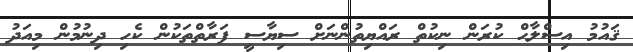
ޤައުމު އިސްލާޙް ކުރަން ނިކުތް ރައްޔިތުންނަށް ސިޔާސީ ފަރާތްތަކުން ކެހި ދިނުމުން މިއަދު